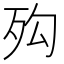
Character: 𣧔